Report on sanitation, dispensaries, and jails in Rajputana for 1917, and on vaccination for the year 1917-1918 - 1917-1918
Year: 1917
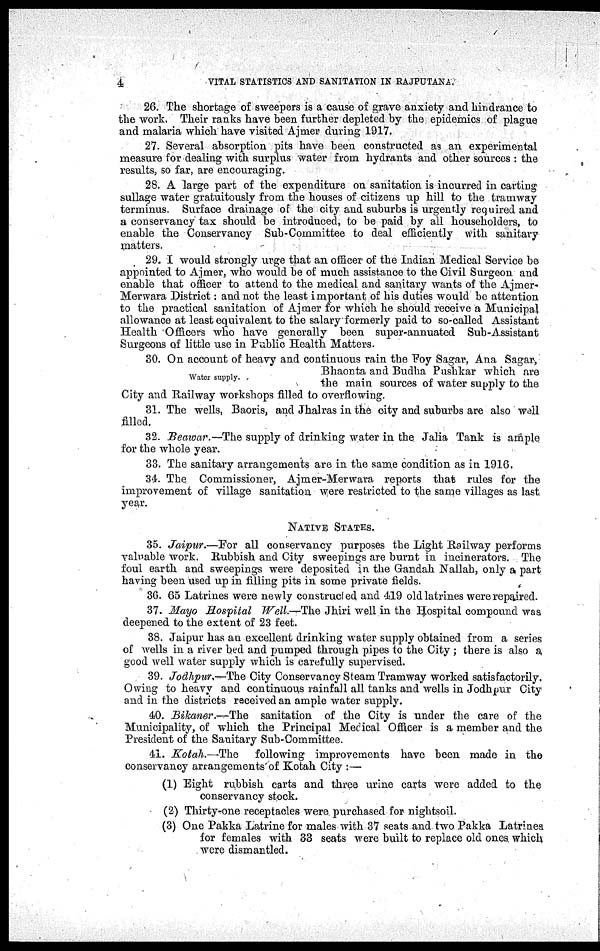
4
VITAL STATISTICS AND SANITATION IN RAJPUTANA.
26. The shortage of sweepers is a cause of grave anxiety and hindrance to
the work. Their ranks have been further depleted by the epidemics of plague
and malaria which have visited Ajmer during 1917.
27. Several absorption pits have been constructed as an experimental
measure for dealing with surplus water from hydrants and other sources : the
results, so far, are encouraging.
28. A large part of the expenditure on sanitation is incurred in carting
sullage water gratuitously from the houses of citizens up hill to the tramway
terminus. Surface drainage of the city and suburbs is urgently required and
a conservancy tax should be introduced, to be paid by all householders, to
enable the Conservancy Sub-Committee to deal efficiently with sanitary
matters.
29. I would strongly urge that an officer of the Indian Medical Service be
appointed to Ajmer, who would be of much assistance to the Civil Surgeon and
enable that officer to attend to the medical and sanitary wants of the Ajmer¬
Merwara District: and not the least important of his duties would be attention
to the practical sanitation of Ajmer for which he should receive a Municipal
allowance at least equivalent to the salary formerly paid to so-called Assistant
Health Officers who have generally been super-annuated Sub-Assistant
Surgeons of little use in Public Health Matters.
Water supply.
30. On account of heavy and continuous rain the Foy Sagar, Ana Sagar,
Bhaonta and Budha Pushkar which are
the main sources of water supply to the
City and Railway workshops filled to overflowing.
31. The wells, Baoris, and Jhalras in the city and suburbs are also well
filled.
32. Beawar. —The supply of drinking water in the Jalia Tank is ample
for the whole year.
33. The sanitary arrangements are in the same condition as in 1916.
34. The Commissioner, Ajmer-Merwara reports that rules for the
improvement of village sanitation were restricted to the same villages as last
year.
NATIVE STATES.
35. Jaipur.—For all conservancy purposes the Light Railway performs
valuable work. Rubbish and City sweepings are burnt in incinerators. The
foul earth and sweepings were deposited in the Gandah Nallah, only a part
having been used up in filling pits in some private fields.
36. 65 Latrines were newly constructed and 419 old latrines were repaired.
37. Mayo Hospital Well.—The Jhiri well in the Hospital compound was
deepened to the extent of 23 feet.
38. Jaipur has an excellent drinking water supply obtained from a series
of wells in a river bed and pumped through pipes to the City ; there is also a
good well water supply which is carefully supervised.
39. Jodhpur.—The City Conservancy Steam Tramway worked satisfactorily.
Owing to heavy and continuous rainfall all tanks and wells in Jodhpur City
and in the districts received an ample water supply.
40. Bikaner.—The sanitation of the City is under the care of the
Municipality, of which the Principal Medical Officer is a member and the
President of the Sanitary Sub-Committee.
41. Kotah.—The
following improvements have been made in the
conservancy arrangements of Kotah City :—
(1) Eight rubbish carts and three urine carts were added to the
conservancy stock.
(2) Thirty-one receptacles were purchased for nightsoil.
(3) One Pakka Latrine for males with 37 seats and two Pakka Latrines
for females with 33 seats were built to replace old ones which
were dismantled.